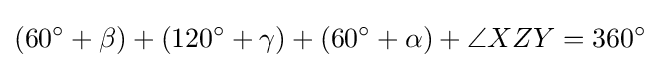
(60^{\circ }+\beta )+(120^{\circ }+\gamma )+(60^{\circ }+\alpha )+\angle {XZY}=360^{\circ }